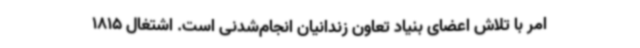
امر با تلاش اعضای بنیاد تعاون زندانیان انجام‌شدنی است. اشتغال 1815